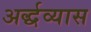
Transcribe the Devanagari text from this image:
अर्द्धव्यास